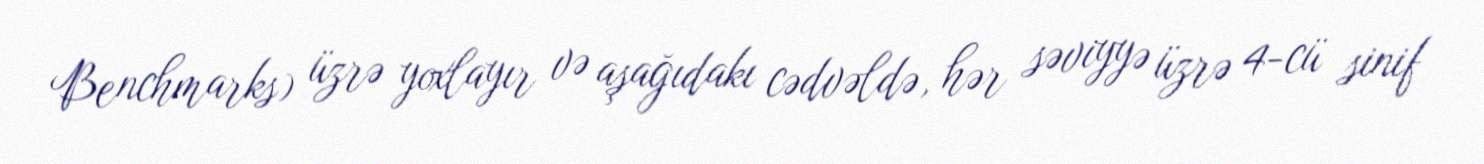
Benchmarks) üzrə yoxlayır və aşağıdakı cədvəldə, hər səviyyə üzrə 4-cü sinif